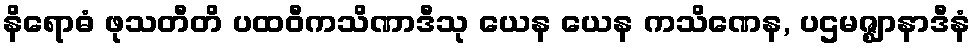
နိရောဓံ ဖုသတီတိ ပထဝီကသိဏာဒီသု ယေန ယေန ကသိဏေန, ပဌမဇ္ဈာနာဒီနံ